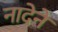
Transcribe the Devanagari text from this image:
नादेने